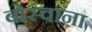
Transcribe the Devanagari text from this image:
बोस्वाना